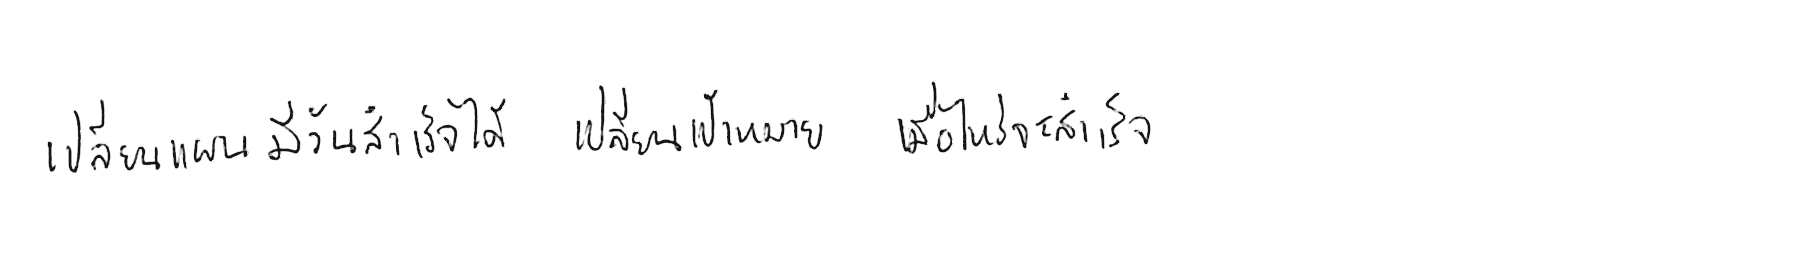
เปลี่ยนแผน มีวันสำเร็จได้ เปลี่ยนเป้าหมาย เมื่อไหร่จะสำเร็จ